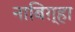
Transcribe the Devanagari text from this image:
नाबिग़्हा